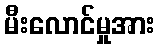
မီးလောင်မှုအား